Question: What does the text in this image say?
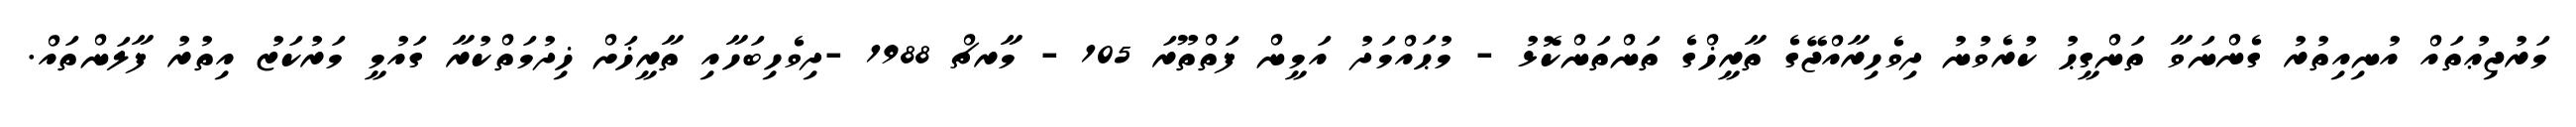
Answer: މަރުޖިޢުތައް އުނިއިތުރު ގެންނަވާ ތަންގީޙު ކުރެވުނު ދިވެހިރާއްޖޭގެ ތާރީޚްގެ ތަންތަންކޮޅު - މުޙައްމަދު އަމީން ފަތްތޫރަ 105 - މާރޗް 1988 -ދިވެހިބަހާއި ތާރީޚަށް ޚިދުމަތްކުރާ ގައުމީ މަރުކަޒު އިތުރު ފާލަންތައް.